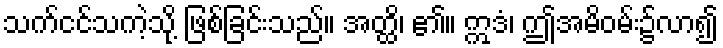
သက်ငင်သကဲ့သို့ ဖြစ်ခြင်းသည်။ အတ္ထိ၊ ၏။ ဣဒံ၊ ဤအမိဝမ်း၌လာ၍